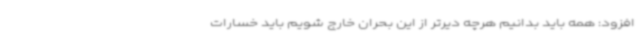
افزود: همه باید بدانیم هرچه دیرتر از این بحران خارج شویم باید خسارات